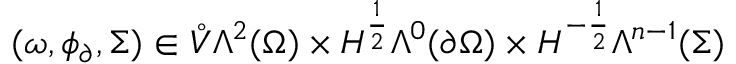
( \omega , \phi _ { \partial } , \Sigma ) \in \mathring { V } \Lambda ^ { 2 } ( \Omega ) \times H ^ { \frac { 1 } { 2 } } \Lambda ^ { 0 } ( \partial \Omega ) \times H ^ { - \frac { 1 } { 2 } } \Lambda ^ { n - 1 } ( \Sigma )